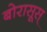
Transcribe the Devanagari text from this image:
बोरासूस्